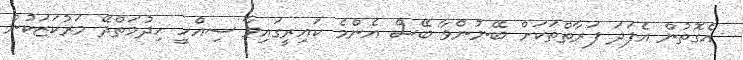
އެގޮތުން އެފަދަ ފަރާތްތަކަށް ބޭނުންވާ ބޭސް އެންމެ ކައިރީގައިވާ ސިއްހީ ހިދުމަތްދޭ މަރުކަޒަކުން